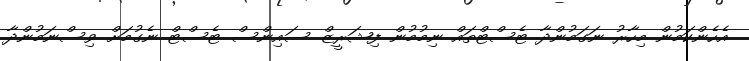
އެހެންކަމުން މިހާރު ނަގަމުންދާ ޓެސްޓްތައް ނިމުމުން ފިޝަރީޒް ސައިންސް ޓެސްޓް ނެގުމަށް ވިސްނަމުންދާ